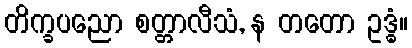
တိက္ခပညော စတ္တာလီသံ, န တတော ဥဒ္ဓံ။